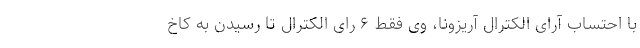
با احتساب آرای الکترال آریزونا، وی فقط ۶ رای الکترال تا رسیدن به کاخ